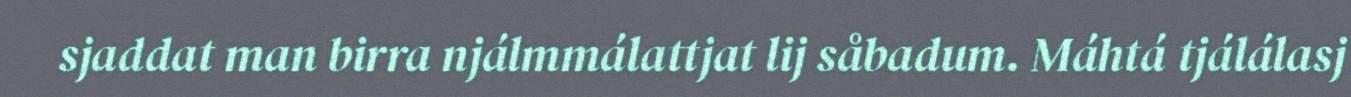
sjaddat man birra njálmmálattjat lij såbadum. Máhtá tjálálasj